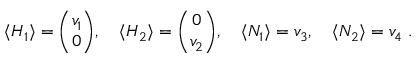
\langle H _ { 1 } \rangle = { \binom { v _ { 1 } } { 0 } } , \quad \langle H _ { 2 } \rangle = { \binom { 0 } { v _ { 2 } } } , \quad \langle N _ { 1 } \rangle = v _ { 3 } , \quad \langle N _ { 2 } \rangle = v _ { 4 } \; .